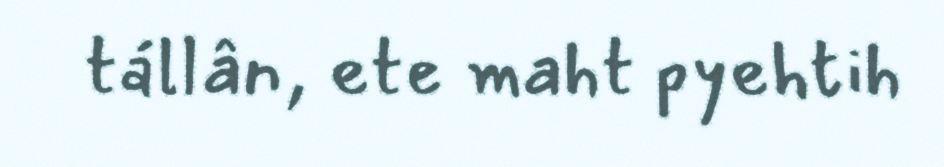
tállân, ete maht pyehtih